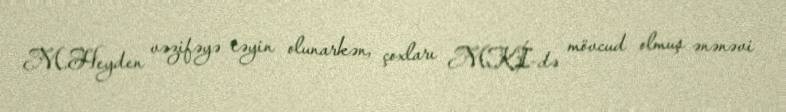
M.Heyden vəzifəyə təyin olunarkən, çoxları MKİ-də mövcud olmuş ənənəvi